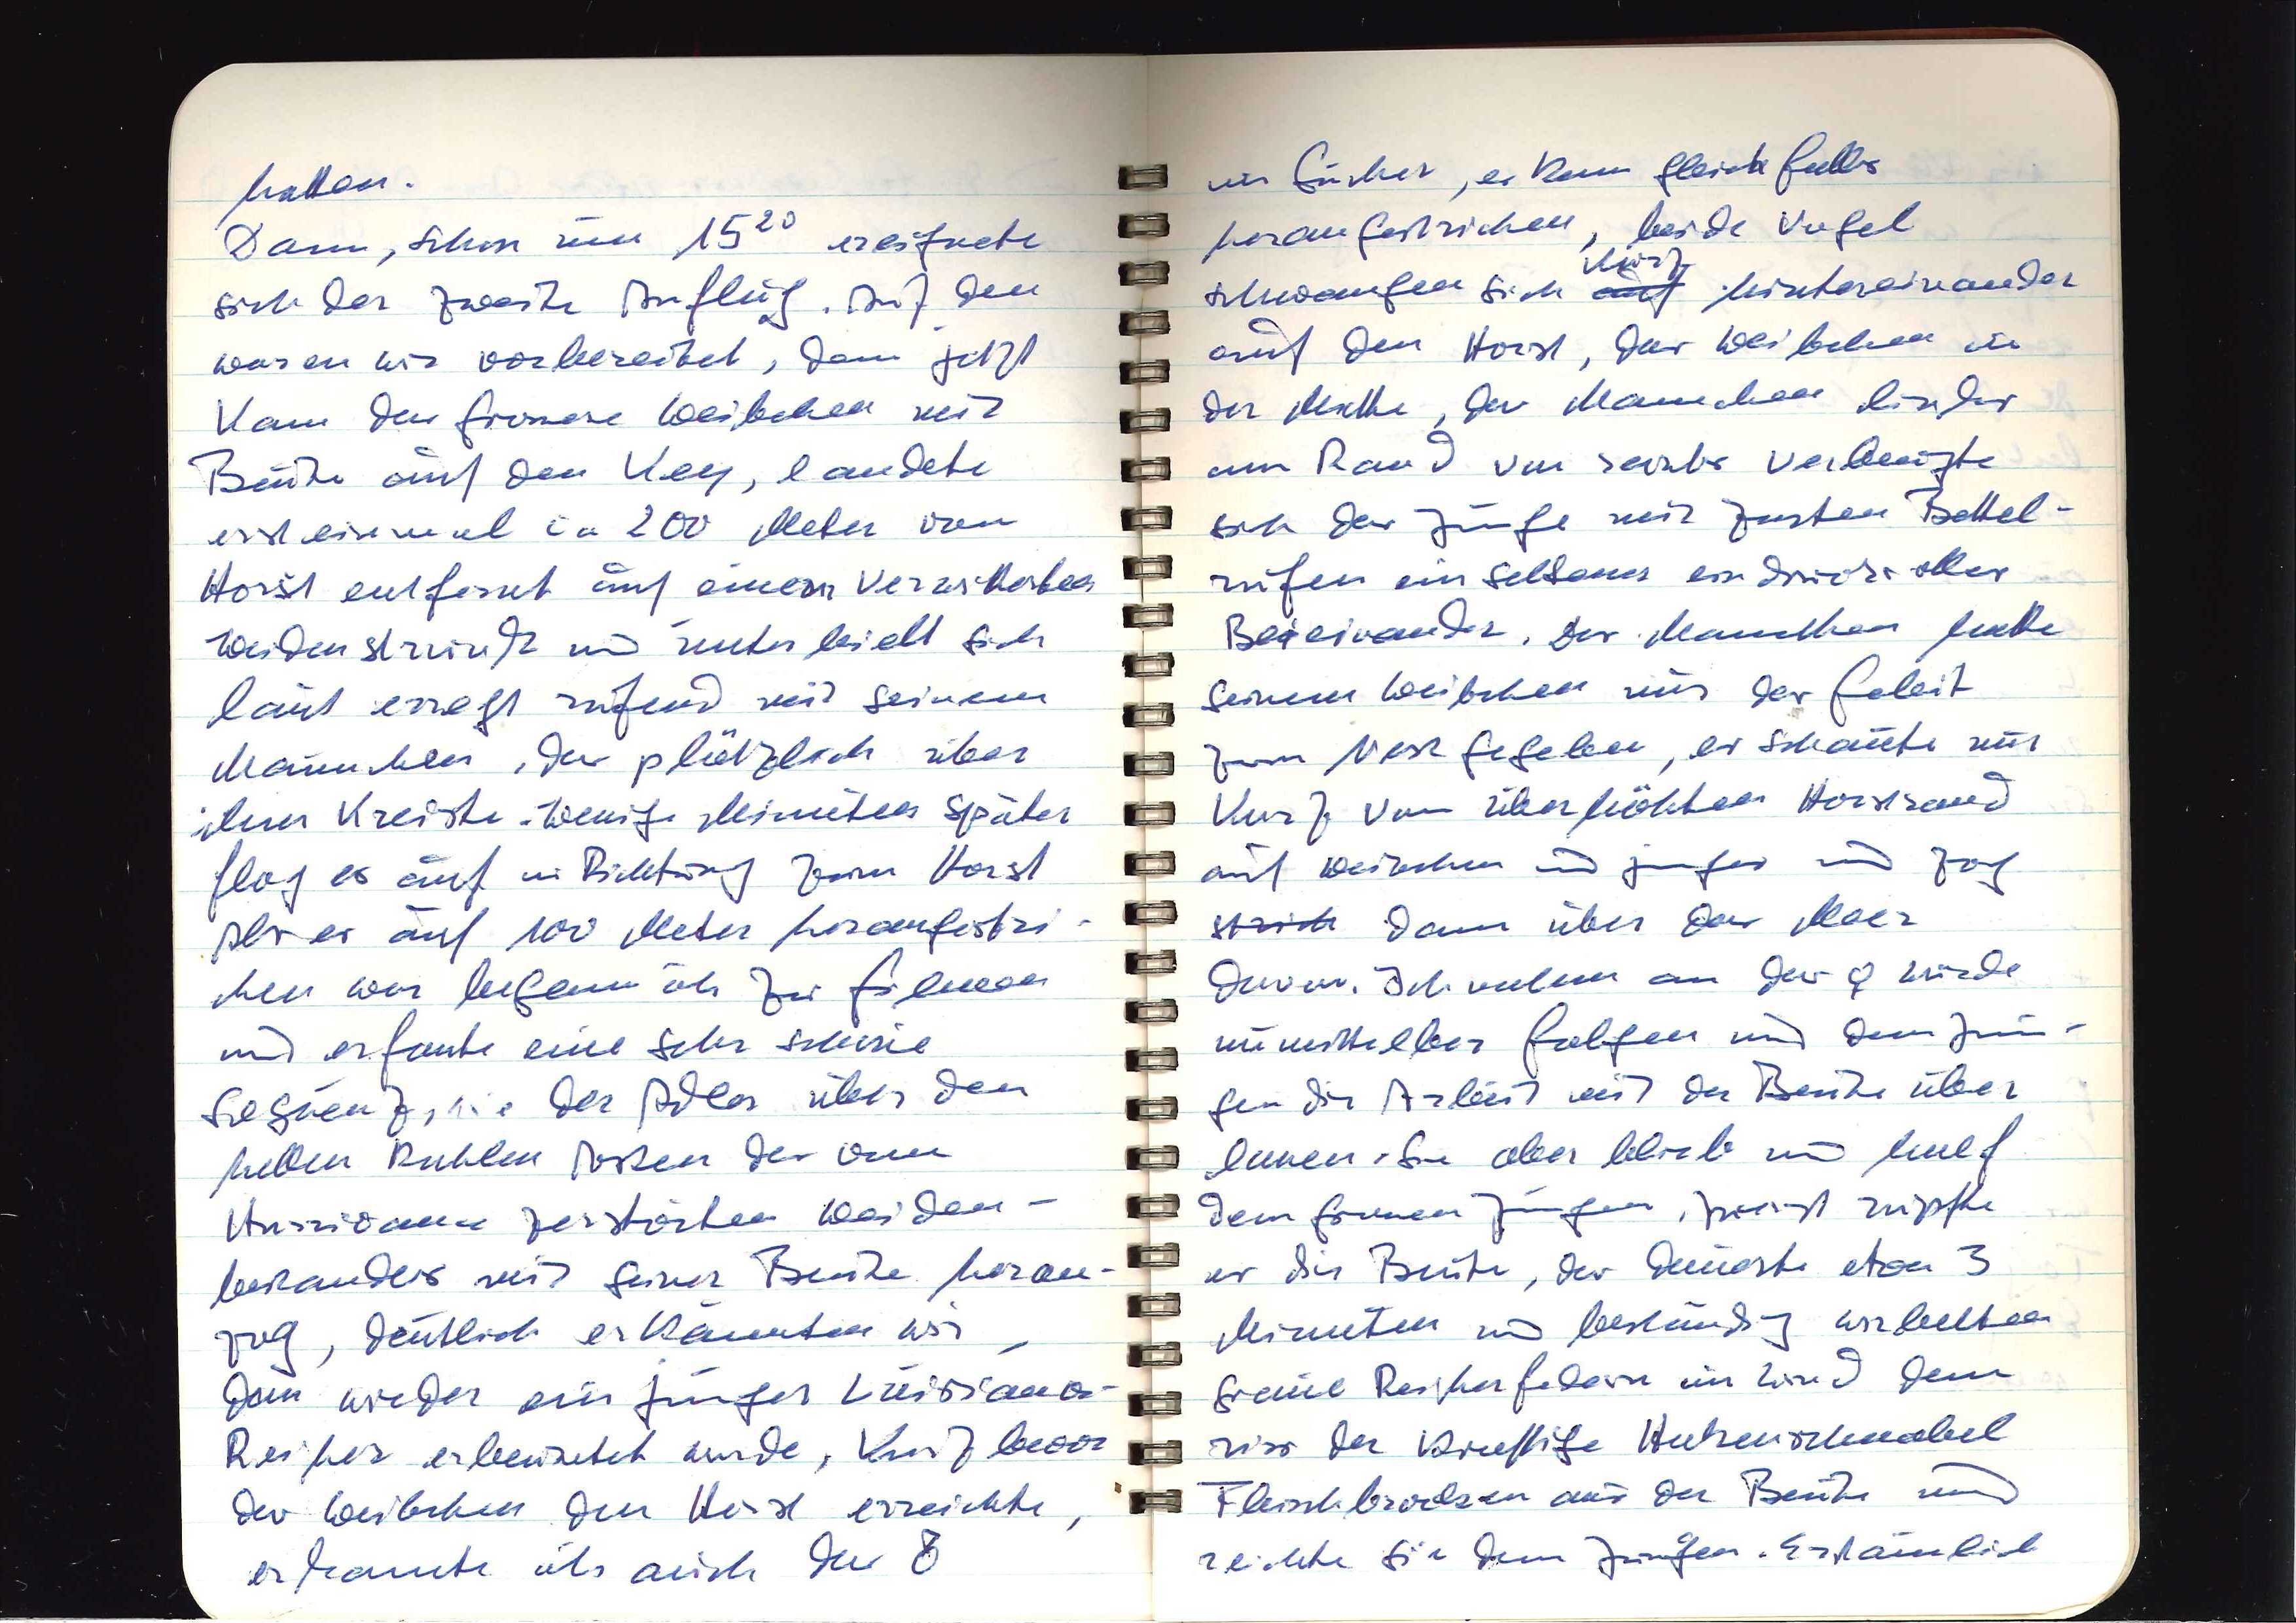
hatten.
Dann, schon um 1520 ereignete
sich der zweite Anflug. Auf den
waren wir vorbereitet, denn jetzt
kam das grössere Weibchen mit
Beute auf den Key, landete
erst einmal ca 200 Meter vom
Horst entfernt auf einem verwitterten
Weidenstrunk und unterhielt sich
laut erregt rufend mit seinem
Männchen, das plötzlich über
ihr kreiste. Wenige Minuten später
flog es auf in Richtung zum Horst
Als es auf 100 Meter herangestri¬
chen war begann ich zu filmen
und erfasste eine sehr schöne
Sequenz, wie der Adler über den
hellen kahlen Arten des vom
Hurricane zerstörten Weiden¬
bestandes mit seiner Beute heran¬
flog, deutlich erkannten wir,
dass wieder ein junger Luisiana¬
Reiher erbeutet wurde. Kurz bevor
das Weibchen den Horst erreichte,
erkannte ich auch das ♂

im Süden, er kam gleichfalls
herangestrichen, beide Vögel
kurz
schwangen sich auf hintereinander
auf den Horst, das Weibchen in
der Mitte, das Männchen links
am Rand, von rechts verbeugte
sich das Junge mit zarten Bettel¬
rufen ein seltenes eindrucksvolles
Beieinander. Das Männchen hatte
seinem Weibchen nur das Geleit
zum Nest gegeben, es schaute nur
kurz vom überhöhten Horstrand
auf Weibchen und junges und zog
xxx dann über das Meer
davon. Ich nahm an das ♀ würde
unmittelbar folgen und dem Jun¬
gen die Arbeit mit der Beute über¬
lassen. Sie aber blieb und half
dem grossen Jungen. Zuerst zupfte
es die Beute, das dauerte etwa 3
Minuten und beständig wirbelten
graue Reiherfedern im Wind, dann
riss der kräftige Hakenschnabel
Fleischbrocken aus der Beute und
reichte sie dem Jungen. Erstaunlich